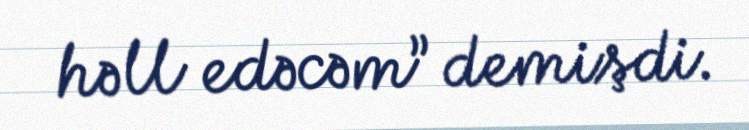
həll edəcəm” demişdi.